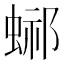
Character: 𧌴